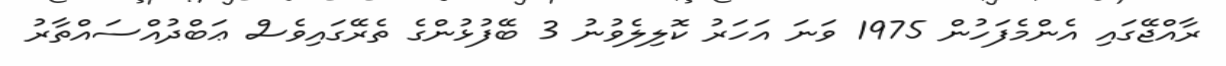
ރާއްޖޭގައި އެންމެފަހުން 1975 ވަނަ އަހަރު ކޮލިލެވުނު 3 ބޭފުޅުންގެ ތެރޭގައިވެސް ޢަބްދުއްސައްތާރު